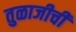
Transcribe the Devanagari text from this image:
तुळाजीची